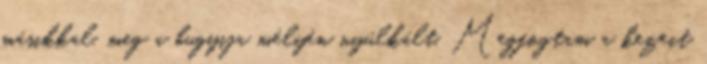
másikkal, meg a bugyija mélyén nyúlkált. Megfogtam a kezeit